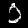
Label: 0